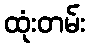
ထုံးတမ်း